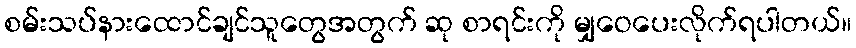
စမ်းသပ်နားထောင်ချင်သူတွေအတွက် ဆု စာရင်းကို မျှဝေပေးလိုက်ရပါတယ်။